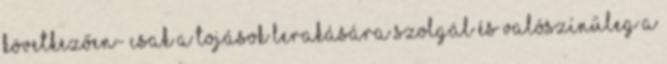
következően- csak a tojások lerakására szolgál és valószínűleg a